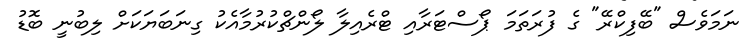
ނަމަވެސް "ބޭފިކްރޭ" ގެ ފުރަތަމަ ޕޯސްޓަރާއި ޓްރެއިލާ ލޯންޗްކުރުމާއެކު ގިނަބަޔަކަށް ލިބުނީ ބޮޑު